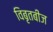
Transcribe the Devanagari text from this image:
विबृतबीज